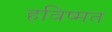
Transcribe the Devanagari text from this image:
हविष्मत